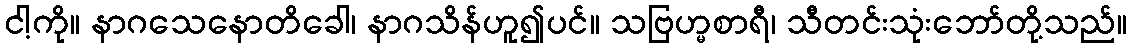
ငါ့ကို။ နာဂသေနောတိခေါ၊ နာဂသိန်ဟူ၍ပင်။ သဗြဟ္မစာရီ၊ သီတင်းသုံးဘော်တို့သည်။